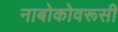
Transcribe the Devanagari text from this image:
नाबोकोवरूसी